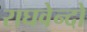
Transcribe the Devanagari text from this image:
राघवेन्दो